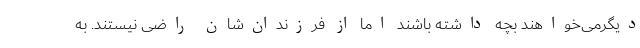
دیگرمی‌خواهند بچه داشته باشند اما از فرزندان‌شان راضی نیستند. به